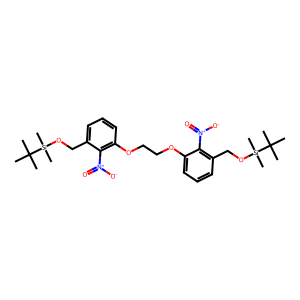
SMILES: CC(C)(C)[Si](C)(C)OCc1cccc(OCCOc2cccc(CO[Si](C)(C)C(C)(C)C)c2[N+](=O)[O-])c1[N+](=O)[O-]
Inhibits HIV replication: No